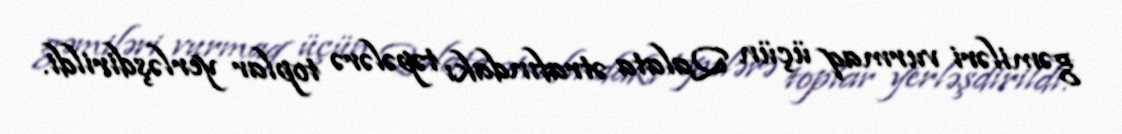
gəmiləri vurmaq üçün Qalata ətrafındakı təpələrə toplar yerləşdirildi.